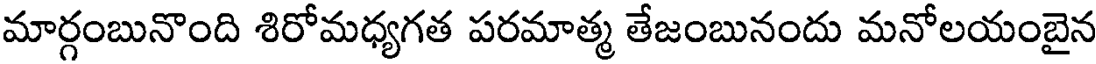
మార్గంబునొంది శిరోమధ్యగత పరమాత్మ తేజంబునందు మనోలయంబైన